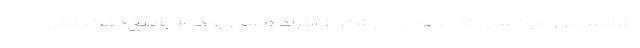
بزرگسالان میانسال تا حدودی بیشتر از افراد مسن بود. از پاسخ‌دهندگان